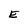
Character: E